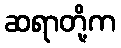
ဆရာတို့က